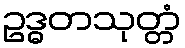
ဥဒ္ဓတသုတ္တံ